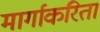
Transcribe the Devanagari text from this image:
मार्गाकरिता